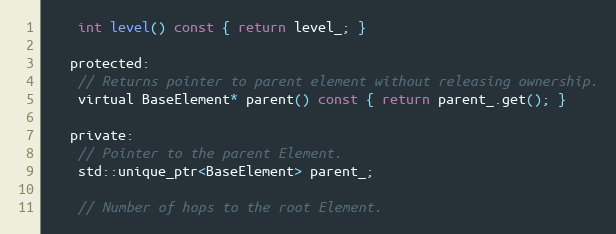
Language: C
    int level() const { return level_; }

   protected:
    // Returns pointer to parent element without releasing ownership.
    virtual BaseElement* parent() const { return parent_.get(); }

   private:
    // Pointer to the parent Element.
    std::unique_ptr<BaseElement> parent_;

    // Number of hops to the root Element.